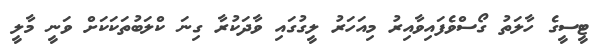
ޓީސީގެ ހާލަތު ގޯސްވެފައިވާއިރު މިއަހަރު ލީގުގައި ވާދަކުރާ ގިނަ ކްލަބުތަކަކަށް ވަނީ މާލީ